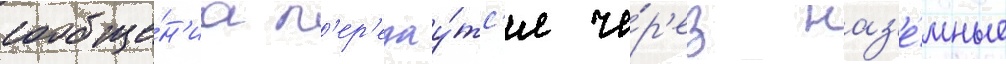
сообще́н'иа п'ер'едау́тс'я че́р'ез наз'е́мные